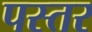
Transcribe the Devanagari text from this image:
पस्तर